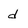
Character: d